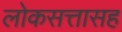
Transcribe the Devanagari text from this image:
लोकसत्तासह